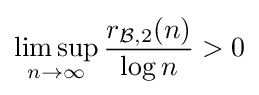
\limsup _{n\to \infty }{\frac {r_{{\mathcal {B}},2}(n)}{\log n}}>0